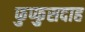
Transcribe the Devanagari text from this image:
फुप्फुसदाह